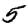
Digit: 5